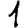
Digit: 1